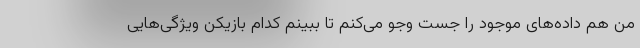
من هم داده‌های موجود را جست وجو می‌کنم تا ببینم کدام بازیکن ویژگی‌هایی